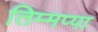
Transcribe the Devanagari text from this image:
तिम्मप्पा